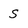
Character: S